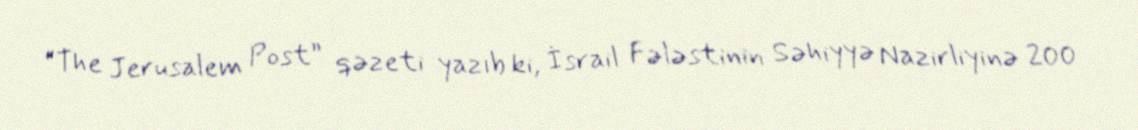
“The Jerusalem Post” qəzeti yazıb ki, İsrail Fələstinin Səhiyyə Nazirliyinə 200